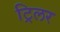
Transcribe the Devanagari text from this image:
ट्रिलर